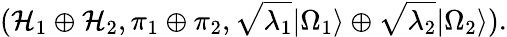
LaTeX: ({\cal H}_{1}\oplus{\cal H}_{2},\pi_{1}\oplus\pi_{2},\sqrt{\lambda_{1}}|\Omega_{1}\rangle\oplus\sqrt{\lambda_{2}}|\Omega_{2}\rangle).